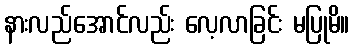
နားလည်အောင်လည်း လေ့လာခြင်း မပြုမိ။